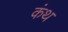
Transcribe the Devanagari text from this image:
कंथ